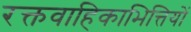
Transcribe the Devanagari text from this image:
रक्तवाहिकाभित्तियों